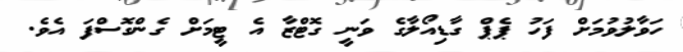
ހަވާލުވުމަށް ފަހު ޕެޕް ގާޑިއޯލާގެ ވަނީ ގޮޓްޒާ އެ ޓީމަށް ގެންގޮސްފަ އެވެ.